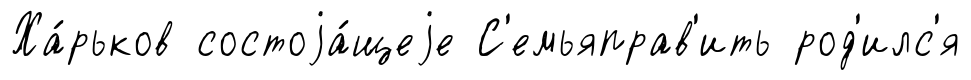
Ха́рьков состоjа́щеjе С'емьяправ'ить род'илс'я